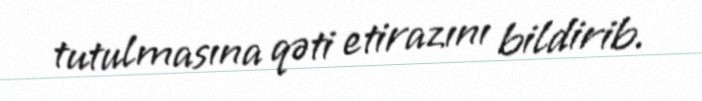
tutulmasına qəti etirazını bildirib.